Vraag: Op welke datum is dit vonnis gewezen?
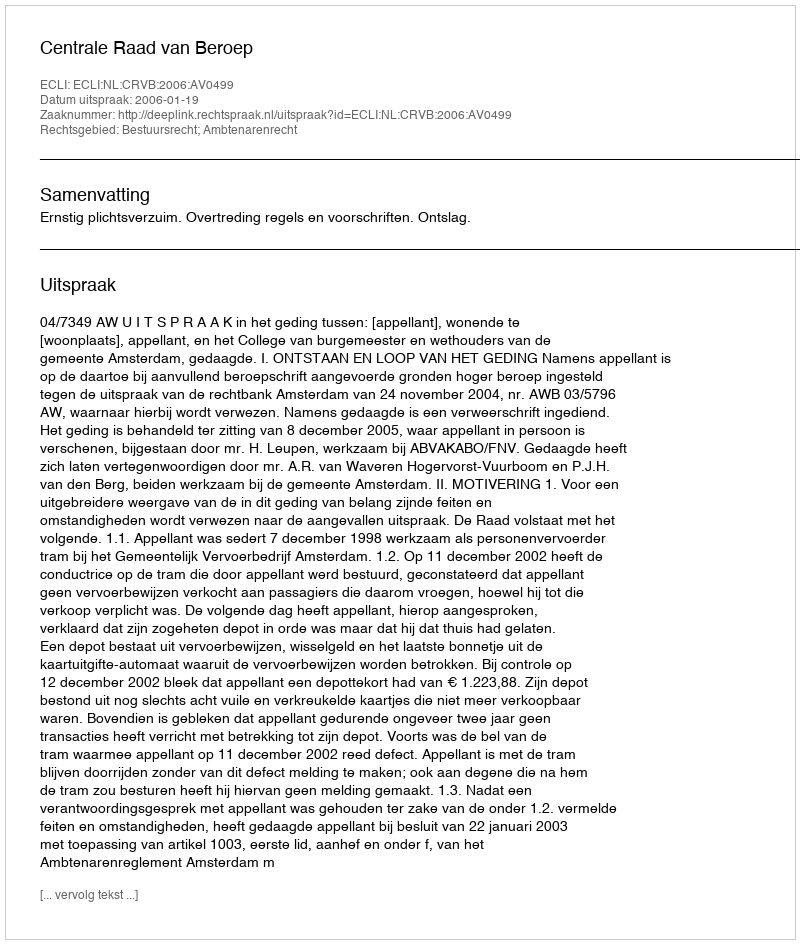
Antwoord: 2006-01-19